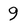
Character: 9